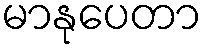
မာနုပေတာ